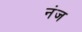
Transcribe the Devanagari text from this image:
नंज